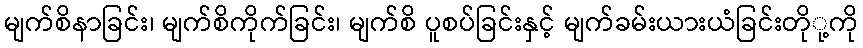
မျက်စိနာခြင်း၊ မျက်စိကိုက်ခြင်း၊ မျက်စိ ပူစပ်ခြင်းနှင့် မျက်ခမ်းယားယံခြင်းတိုု့ကို